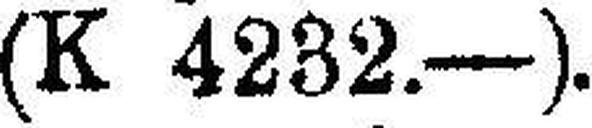
(K 4232.—).